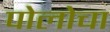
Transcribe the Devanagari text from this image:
पोलोचा